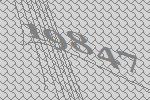
19847